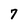
Character: 7